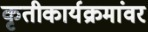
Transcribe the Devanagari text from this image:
कृतीकार्यक्रमांवर